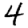
Digit: 4